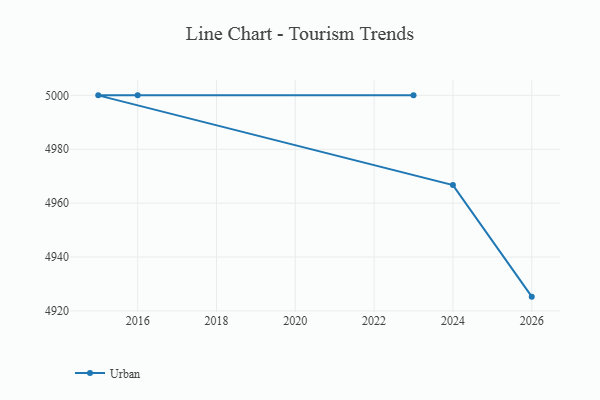
{"axis": {"x": "Year", "y": "Churn Rate (%)"}, "legend": ["Urban"], "data": [{"x": "2026", "y": 4925.3, "type": "Urban"}, {"x": "2024", "y": 4966.7, "type": "Urban"}, {"x": "2015", "y": 5000, "type": "Urban"}, {"x": "2023", "y": 5000, "type": "Urban"}, {"x": "2016", "y": 5000, "type": "Urban"}]}